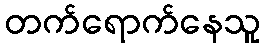
တက်ရောက်နေသူ